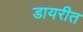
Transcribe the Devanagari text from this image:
डायरीत